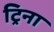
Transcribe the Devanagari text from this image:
ट्रिना